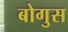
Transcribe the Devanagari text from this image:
बोगुस